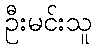
ဦးမင်းသူ